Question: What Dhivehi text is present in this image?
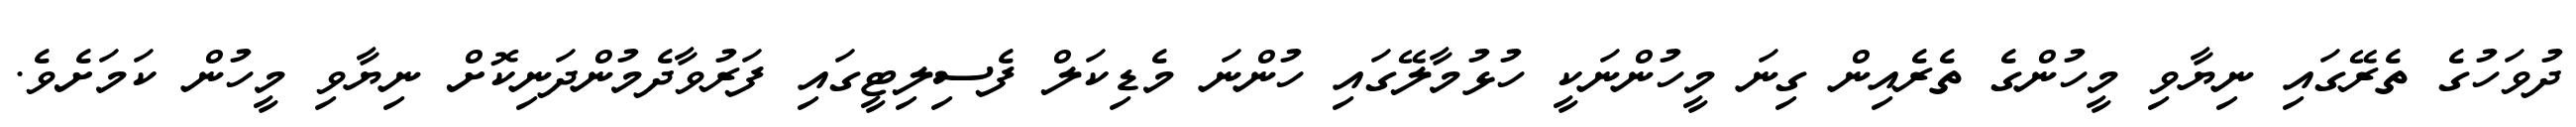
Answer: ދުވަހުގެ ތެރޭގައި ނިޔާވި މީހުންގެ ތެރެއިން ގިނަ މީހުންނަކީ ހުޅުމާލޭގައި ހުންނަ މެޑިކަލް ފެސިލިޓީގައި ފަރުވާދެމުންދަނިކޮށް ނިޔާވި މީހުން ކަމަށެވެ.